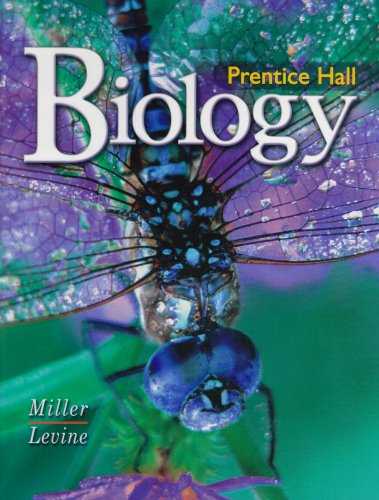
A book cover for Prentice Hall: Biology; Kenneth R. Miller; Teen & Young Adult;